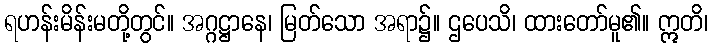
ရဟန်းမိန်းမတို့တွင်။ အဂ္ဂဋ္ဌာနေ၊ မြတ်သော အရာ၌။ ဌပေသိ၊ ထားတော်မူ၏။ ဣတိ၊